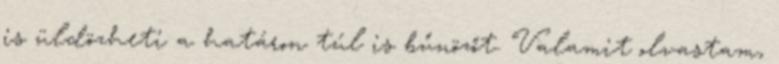
is üldözheti a határon túl is bűnözőt. Valamit olvastam,